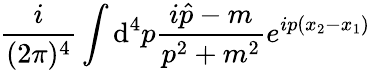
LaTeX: \frac{i}{(2\pi)^{4}}\int{\mathrm d}^{4}p\frac{i\hat{p}-m}{p^{2}+m^{2}}e^{ip(x_{2}-x_{1})}